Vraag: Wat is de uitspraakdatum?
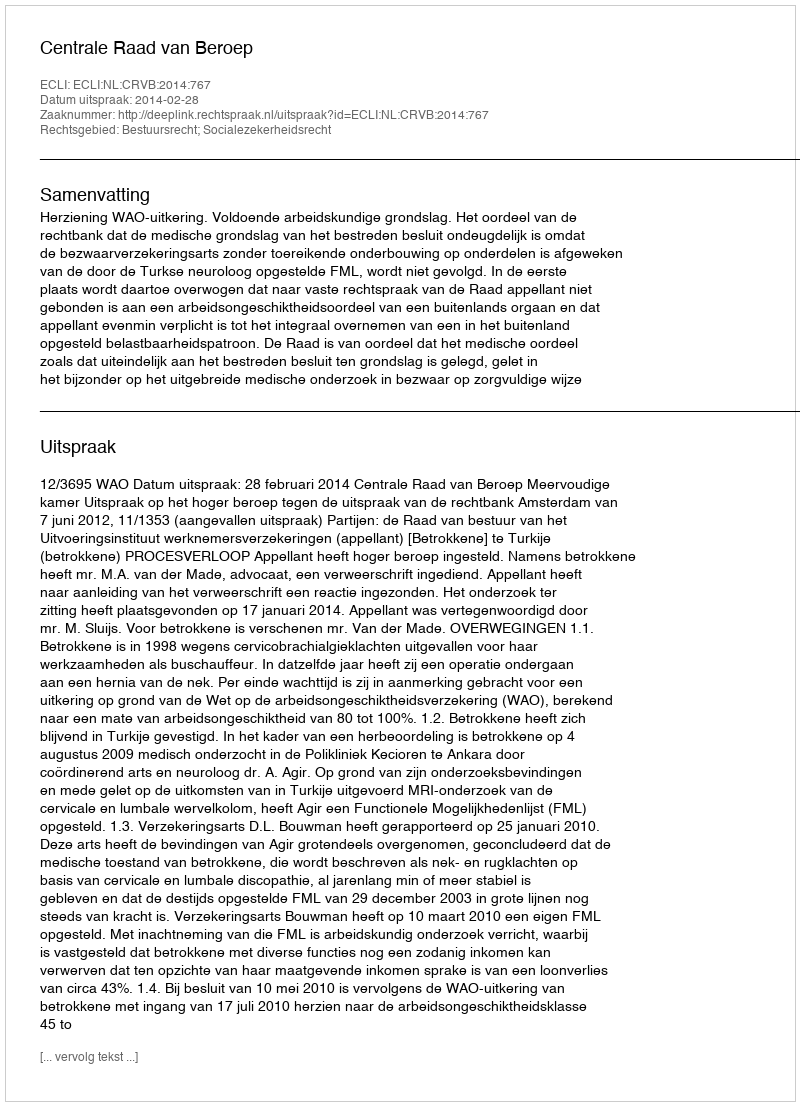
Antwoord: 2014-02-28